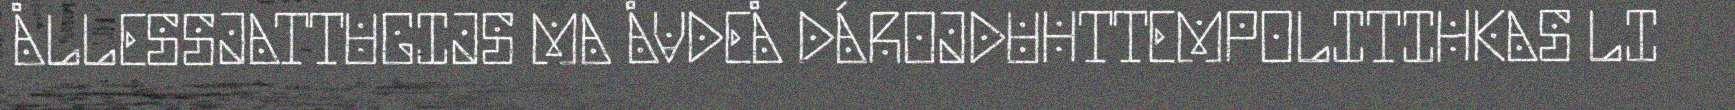
ÅLLESSJATTUGIJS MA ÅVDEÅ DÁROJDUHTTEMPOLITIHKAS LI